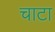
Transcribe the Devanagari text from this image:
चाटा